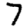
Digit: 7